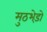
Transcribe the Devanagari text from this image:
मुठभेड़ो